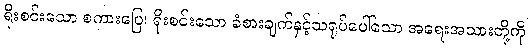
ရိုးစင်းသော စကားပြေ၊ ရိုးစင်းသော ခံစားချက်နှင့်သရုပ်ပေါ်သော အရေးအသားတို့ကို